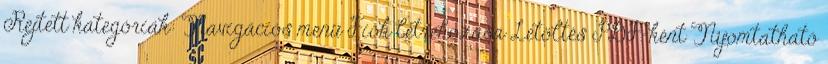
Rejtett kategóriák: Navigációs menü Fiók létrehozása Letöltés PDF-ként Nyomtatható